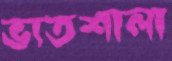
ভাতশালা